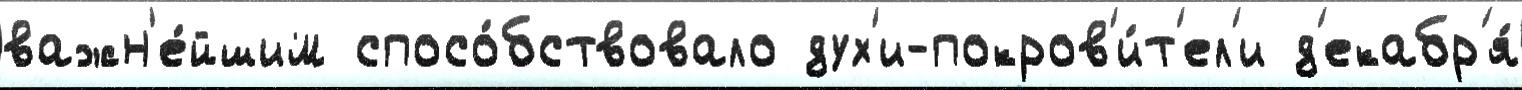
важн'е́йшим спосо́бствовало дух'и-покров'и́т'ел'и д'екабр'я́